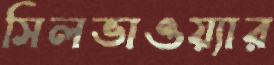
সিলভাওয়্যার